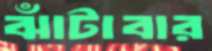
ঝাঁটাবার